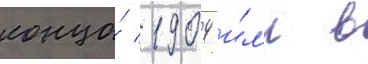
конца́ 1904 и́л'и в